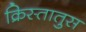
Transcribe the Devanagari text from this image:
क्रिस्‍तातुस